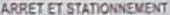
ARRET ET STATIONNEMENT